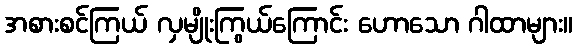
အစားစင်ကြယ် လှမျိုးကြွယ်ကြောင်း ဟောသော ဂါထာများ။